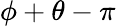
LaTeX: \phi+\theta-\pi